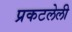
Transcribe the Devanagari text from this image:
प्रकटलेली